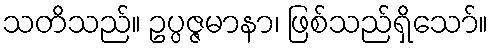
သတိသည်။ ဥပ္ပဇ္ဇမာနာ၊ ဖြစ်သည်ရှိသော်။